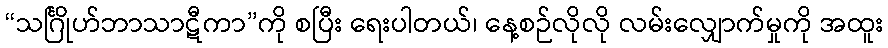
“သင်္ဂြိုဟ်ဘာသာဋီကာ”ကို စပြီး ရေးပါတယ်၊ နေ့စဉ်လိုလို လမ်းလျှောက်မှုကို အထူး